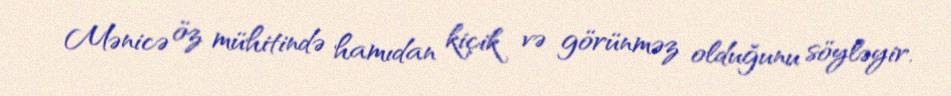
Mənicə öz mühitində hamıdan kiçik və görünməz olduğunu söyləyir.